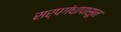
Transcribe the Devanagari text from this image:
सर्पगंधापासून